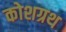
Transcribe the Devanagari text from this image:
कोशग्रथ